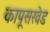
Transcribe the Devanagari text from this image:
कापूसखेड